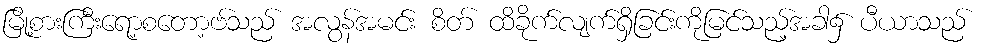
မြို့စားကြီးရော့စတော့ဗ်သည် အလွန်အမင်း စိတ် ထိခိုက်လျက်ရှိခြင်းကိုမြင်သည့်အခါ၌ ပီယာသည်